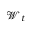
\mathcal { W } _ { t }